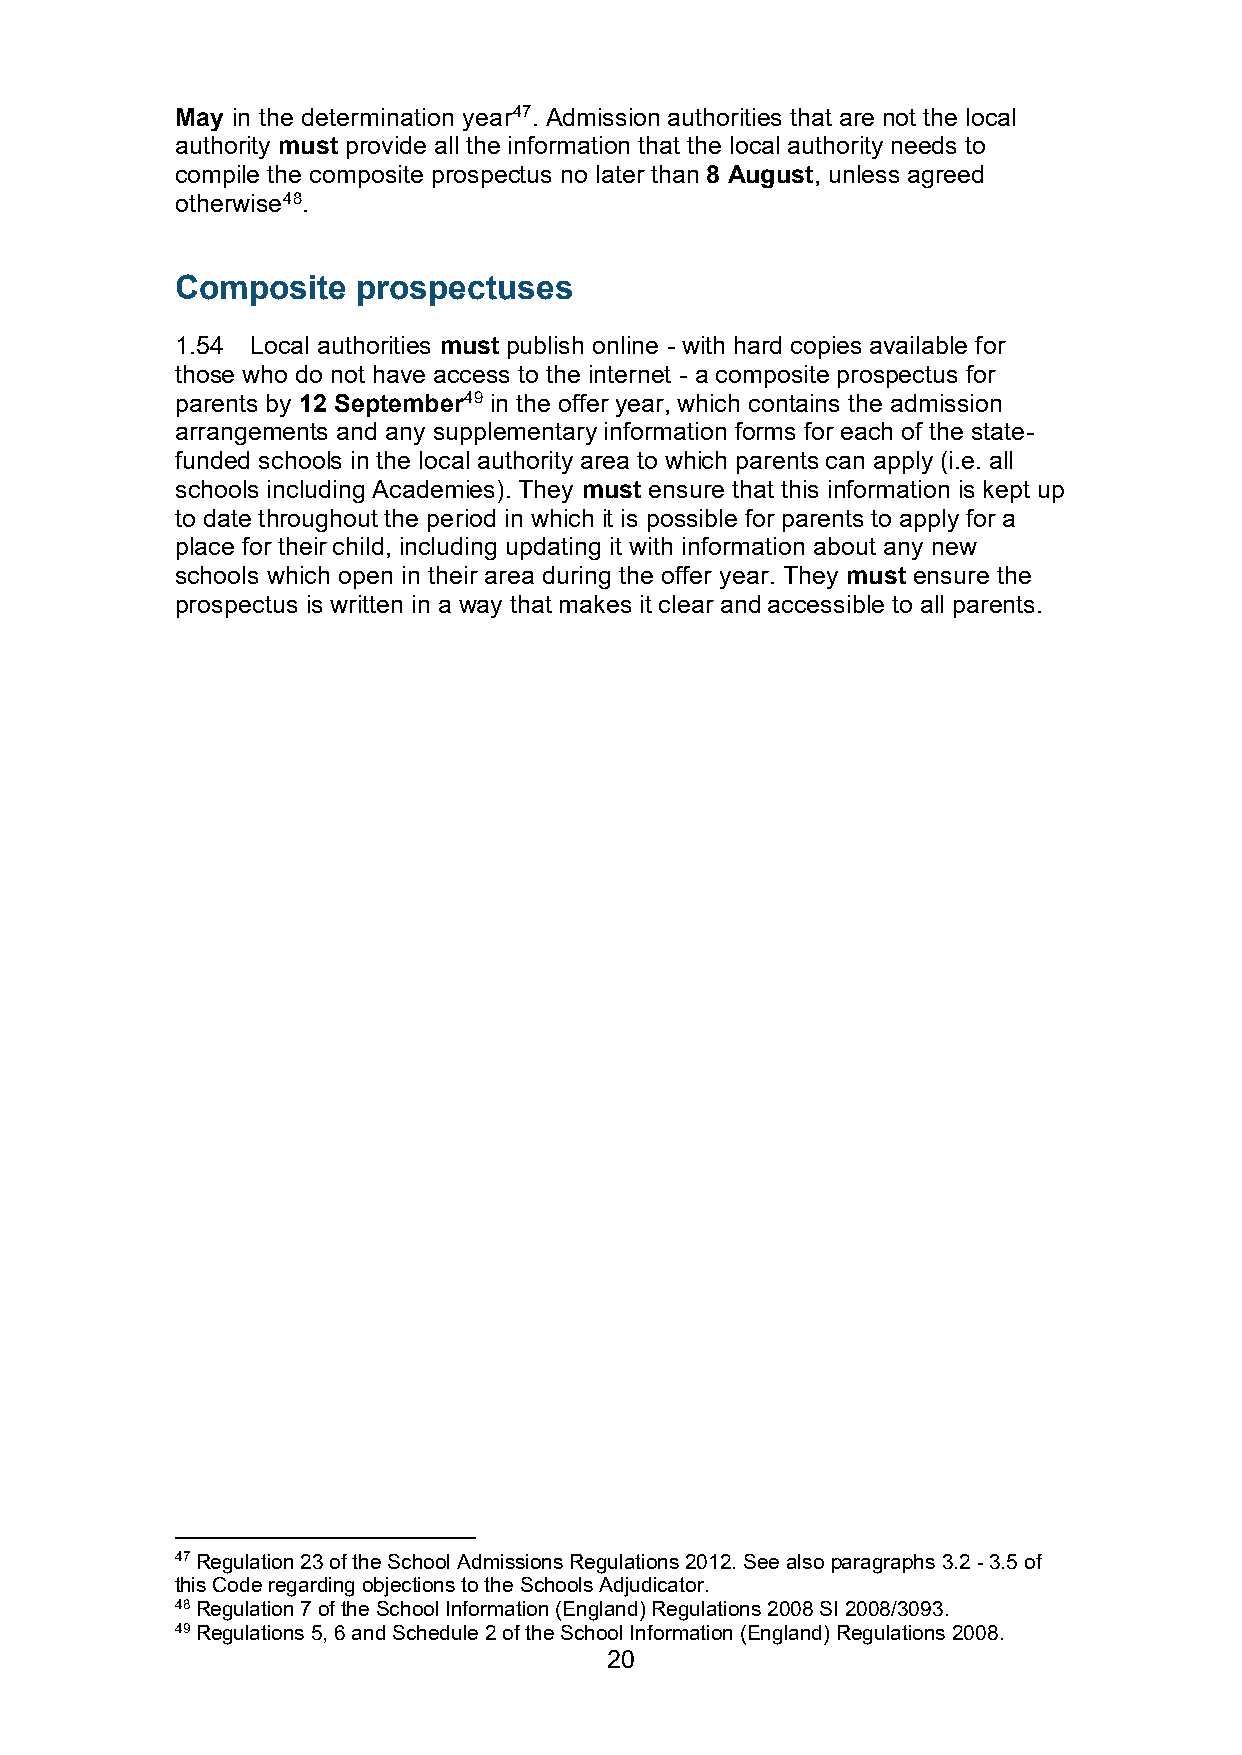
May in the determination year47. Admission authorities that are not the local
 authority must provide all the information that the local authority needs to
 compile the composite prospectus no later than 8 August, unless agreed
 otherwise48.
 Composite   prospectuses
 1.54 Local authorities must publish online - with hard copies available for
 those who do not have access to the internet - a composite prospectus for
 parents by 12 September49 in the offer year, which contains the admission
 arrangements and any supplementary information forms for each of the state-
 funded schools in the local authority area to which parents can apply (i.e. all
 schools including Academies). They must ensure that this information is kept up
 to date throughout the period in which it is possible for parents to apply for a
 place for their child, including updating it with information about any new
 schools which open in their area during the offer year. They must ensure the
 prospectus is written in a way that makes it clear and accessible to all parents.
 47 Regulation 23 of the School Admissions Regulations 2012. See also paragraphs 3.2 - 3.5 of
 this Code regarding objections to the Schools Adjudicator.
 48 Regulation 7 of the School Information (England) Regulations 2008 SI 2008/3093.
 49 Regulations 5, 6 and Schedule 2 of the School Information (England) Regulations 2008.
 20